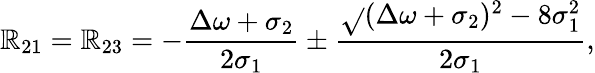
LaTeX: \mathbb{R}_{21}=\mathbb{R}_{23}=-\frac{{\Delta\omega+\sigma_{2}}}{{2\sigma_{1}}}\pm\frac{{\sqrt{}{{(\Delta\omega+\sigma_{2})^{2}-8\sigma_{1}^{2}}}}}{{2\sigma_{1}}},